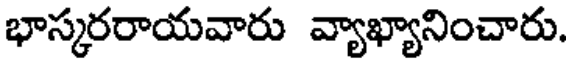
భాస్కరరాయవారు వ్యాఖ్యానించారు.